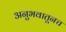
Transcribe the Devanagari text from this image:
अनुभवातूनच